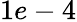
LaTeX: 1e-4